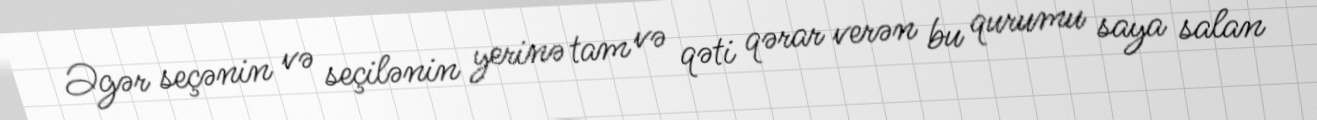
Əgər seçənin və seçilənin yerinə tam və qəti qərar verən bu qurumu saya salan